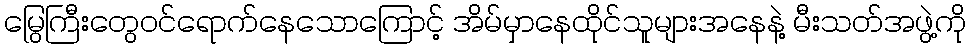
မြွေကြီးတွေဝင်ရောက်နေသောကြောင့် အိမ်မှာနေထိုင်သူများအနေနဲ့ မီးသတ်အဖွဲ့ကို